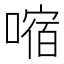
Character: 𫫠